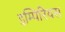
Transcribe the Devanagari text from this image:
इम्पिरियस